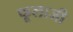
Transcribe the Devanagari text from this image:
फूलाजी